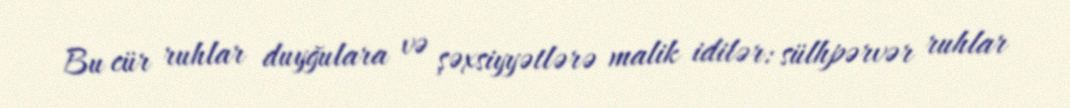
Bu cür ruhlar duyğulara və şəxsiyyətlərə malik idilər: sülhpərvər ruhlar